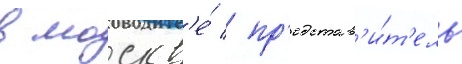
в москв'е́ / пр'едстав'и́т'ель